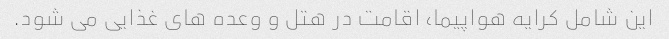
این شامل کرایه هواپیما، اقامت در هتل و وعده های غذایی می شود.